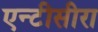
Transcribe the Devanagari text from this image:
एन्टीसीरा